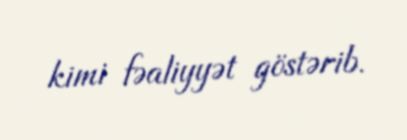
kimi fəaliyyət göstərib.